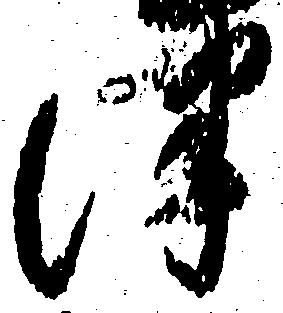
津